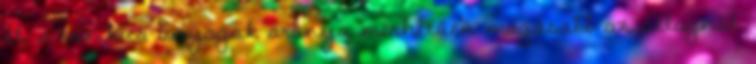
él, a toxikus anyagok aránya mérhetően magasabb az átlagnál.